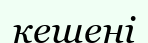
кешені